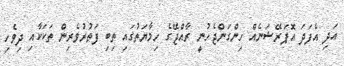
އަދި އެފަދަ އޮޕަރޭޝަނެއް ހިންގަންޖެހުނީ ރާއްޖޭގެ ހިމާޔަތުގައި ތިބި ފަތުރުވެރިން ތަކަކާއި ދިވެހި